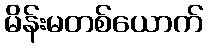
မိန်းမတစ်ယောက်